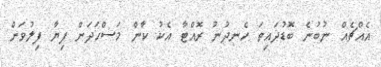
އެއްޗެއް ނުބުނެ ބޮޑުދައިތަ ހެނދުނު ރޮއްޓާ އެކު ކާން މަސްހަދަން ފިޔާ ފިލުވަން